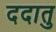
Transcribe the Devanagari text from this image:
ददातु